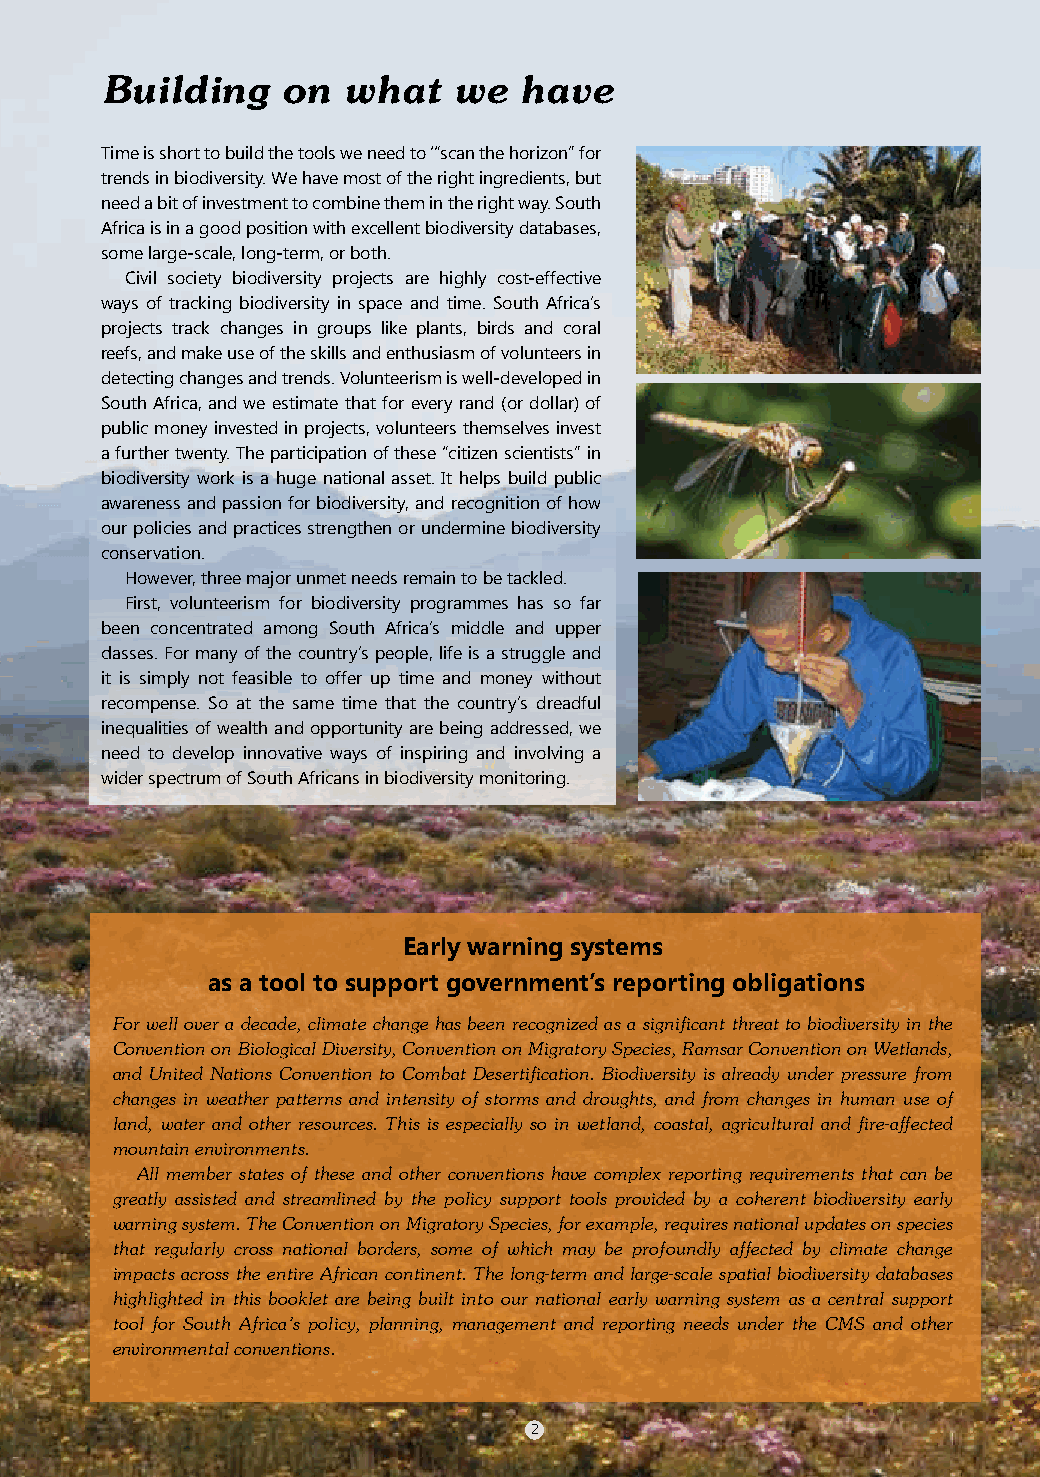
Building    on  what   we  have
 Time is short to build the tools we need to ‘“scan the horizon” for
 trends in biodiversity. We have most of the right ingredients, but
 need a bit of investment to combine them in the right way. South
 Africa is in a good position with excellent biodiversity databases,
 some large-scale, long-term, or both.
 Civil society biodiversity projects are highly cost-effective
 ways of tracking biodiversity in space and time. South Africa’s
 projects track changes in groups like plants, birds and coral
 reefs, and make use of the skills and enthusiasm of volunteers in
 detecting changes and trends. Volunteerism is well-developed in
 South Africa, and we estimate that for every rand (or dollar) of
 public money invested in projects, volunteers themselves invest
 a further twenty. The participation of these “citizen scientists” in
 biodiversity work is a huge national asset. It helps build public
 awareness and passion for biodiversity, and recognition of how
 our policies and practices strengthen or undermine biodiversity
 conservation.
 However, three major unmet needs remain to be tackled.
 First, volunteerism for biodiversity programmes has so far
 been concentrated among South Africa’s middle and upper
 classes. For many of the country’s people, life is a struggle and
 it is simply not feasible to offer up time and money without
 recompense. So at the same time that the country’s dreadful
 inequalities of wealth and opportunity are being addressed, we
 need to develop innovative ways of inspiring and involving a
 wider spectrum of South Africans in biodiversity monitoring.
 Early warning systems
 as a tool to support government’s reporting obligations
 For well over a decade, climate change has been recognized as a significant threat to biodiversity in the
 Convention on Biological Diversity, Convention on Migratory Species, Ramsar Convention on Wetlands,
 and United Nations Convention to Combat Desertification. Biodiversity is already under pressure from
 changes in weather patterns and intensity of storms and droughts, and from changes in human use of
 land, water and other resources. This is especially so in wetland, coastal, agricultural and fire-affected
 mountain environments.
 All member states of these and other conventions have complex reporting requirements that can be
 greatly assisted and streamlined by the policy support tools provided by a coherent biodiversity early
 warning system. The Convention on Migratory Species, for example, requires national updates on species
 that regularly cross national borders, some of which may be profoundly affected by climate change
 impacts across the entire African continent. The long-term and large-scale spatial biodiversity databases
 highlighted in this booklet are being built into our national early warning system as a central support
 tool for South Africa’s policy, planning, management and reporting needs under the CMS and other
 environmental conventions.
 2